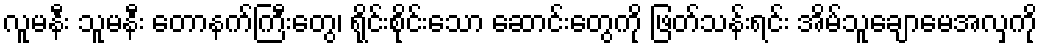
လူမနီး သူမနီး တောနက်ကြီးတွေ၊ ရိုင်းစိုင်းသော ဆောင်းတွေကို ဖြတ်သန်းရင်း အိမ်သူချောမေအလှကို